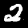
Digit: 2